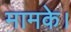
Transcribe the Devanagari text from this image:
मामके।